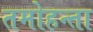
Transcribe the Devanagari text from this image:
तमोहन्ता